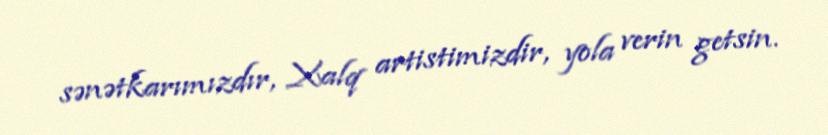
sənətkarımızdır, Xalq artistimizdir, yola verin getsin.